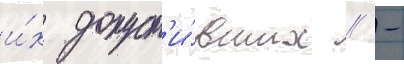
и́х допуст'и́вших // -